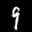
Label: 9